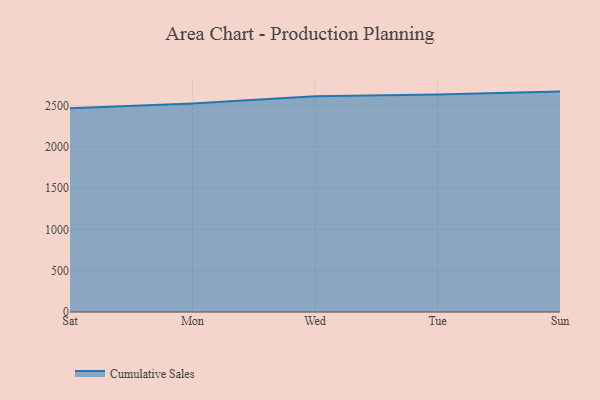
{"axis": {"x": "Day", "y": "Churn Rate (%)"}, "legend": ["Cumulative Sales"], "data": [{"x": "Sat", "y": 2466.9, "type": "Cumulative Sales"}, {"x": "Mon", "y": 2524.4, "type": "Cumulative Sales"}, {"x": "Wed", "y": 2612.0, "type": "Cumulative Sales"}, {"x": "Tue", "y": 2635.1, "type": "Cumulative Sales"}, {"x": "Sun", "y": 2669.6, "type": "Cumulative Sales"}]}